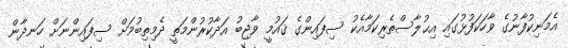
އެމަނިކުފާނުގެ ވާހަކަފުޅުގައި އިޙުލާސްތެރިކަމާއެކު ސިފައިންގެ ޤައުމީ ވާޖިބު އަދާކުރުންމަތީ ދެމިތިބުމަށް ސިފައިންނަށް ހަނދާން